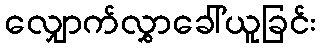
လျှောက်လွှာခေါ်ယူခြင်း